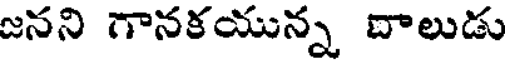
జనని గానకయున్న దాలుడు